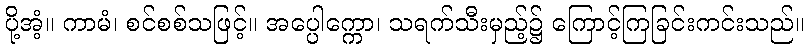
ပို့အံ့။ ကာမံ၊ စင်စစ်သဖြင့်။ အပ္ပေါက္ကော၊ သရက်သီးမှည့်၌ ကြောင့်ကြခြင်းကင်းသည်။